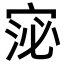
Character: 𭓻